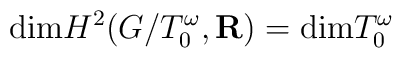
{\rm dim} H^2( G/T^\omega_0,{\bf R} )  = {\rm dim}  T^\omega_0